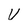
Character: V